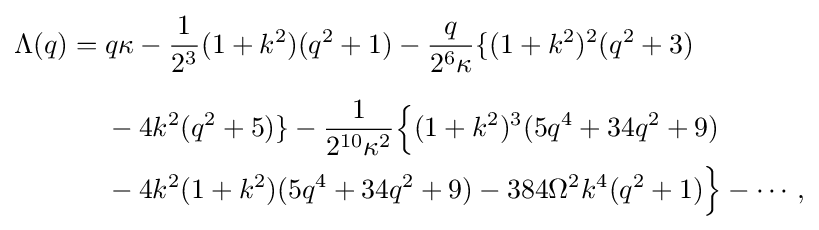
{\begin{aligned}\Lambda (q)={}&q\kappa -{\frac {1}{2^{3}}}(1+k^{2})(q^{2}+1)-{\frac {q}{2^{6}\kappa }}\{(1+k^{2})^{2}(q^{2}+3)\\[6pt]&-4k^{2}(q^{2}+5)\}{}-{\frac {1}{2^{10}\kappa ^{2}}}{\Big \{}(1+k^{2})^{3}(5q^{4}+34q^{2}+9)\\&-4k^{2}(1+k^{2})(5q^{4}+34q^{2}+9){}-384\Omega ^{2}k^{4}(q^{2}+1){\Big \}}-\cdots ,\end{aligned}}